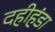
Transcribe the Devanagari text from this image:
दहीहंडा